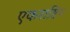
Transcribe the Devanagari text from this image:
एकराष्टिय